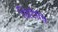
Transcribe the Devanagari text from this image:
जिटीपि